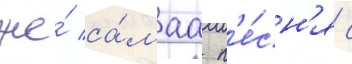
же́ са́маа п'е́сн'я с